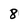
Character: 8